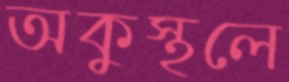
অকুস্থলে